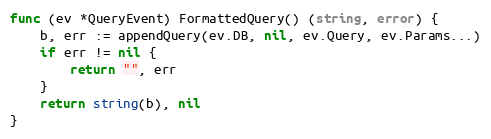
Language: Go
func (ev *QueryEvent) FormattedQuery() (string, error) {
	b, err := appendQuery(ev.DB, nil, ev.Query, ev.Params...)
	if err != nil {
		return "", err
	}
	return string(b), nil
}